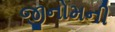
જીનોમની